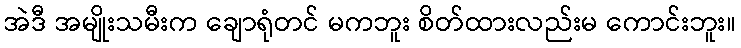
အဲဒီ အမျိုးသမီးက ချောရုံတင် မကဘူး စိတ်ထားလည်းမ ကောင်းဘူး။